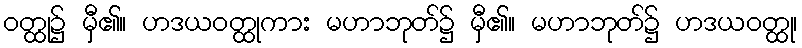
ဝတ္ထု၌ မှီ၏။ ဟဒယဝတ္ထုကား မဟာဘုတ်၌ မှီ၏။ မဟာဘုတ်၌ ဟဒယဝတ္ထု၊